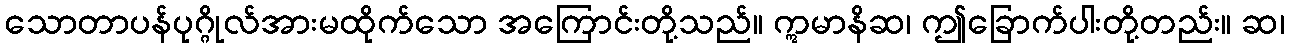
သောတာပန်ပုဂ္ဂိုလ်အားမထိုက်သော အကြောင်းတို့သည်။ ဣမာနိဆ၊ ဤခြောက်ပါးတို့တည်း။ ဆ၊